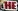
HE